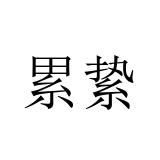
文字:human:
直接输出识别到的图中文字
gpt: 累絷